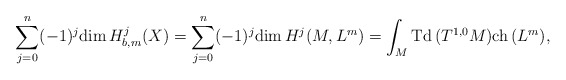
\begin{align*}\sum_{j=0}^{n}(-1)^{j}\mathrm{dim\,}H_{b,m}^{j}(X)=\sum_{j=0}^{n}(-1)^{j}\mathrm{dim\,}H^{j}(M,L^{m})=\int_{M}\mathrm{Td\,}(T^{1,0}M)\mathrm{ch\,}(L^{m}), \end{align*}